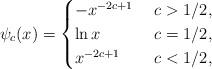
LaTeX: \begin{align*} \psi_c(x)= \begin{cases}-x^{-2c+1} &\ c>1/2,\\\ln x &\ c=1/2,\\x^{-2c+1} &\ c<1/2,\end{cases} \end{align*}